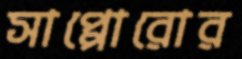
সাপ্পোরোর